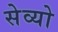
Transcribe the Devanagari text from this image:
सेव्यो